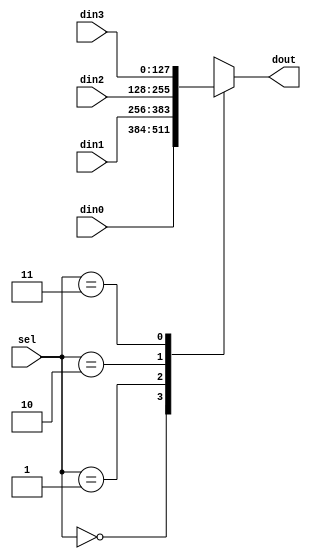
module mux_4to1(
	din0,
	din1,
	din2,
	din3,
	sel,
	dout
);


input 	[127:0]		din0;
input 	[127:0]		din1;
input 	[127:0]		din2;
input 	[127:0]		din3;


input	[1:0]		sel;
output	[127:0]		dout;

reg		[127:0]		reg_dout;

always @(*)
	begin
		case(sel)
			2'd0:	reg_dout = din0;
			2'd1:	reg_dout = din1;
			2'd2: 	reg_dout = din2;
			2'd3: 	reg_dout = din3;
		endcase
	end


assign dout = reg_dout;

endmodule